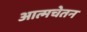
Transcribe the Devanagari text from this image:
आत्मचेतन